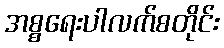
အစ္စရေးပါလက်စတိုင်း